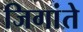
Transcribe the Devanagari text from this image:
जिगांते